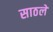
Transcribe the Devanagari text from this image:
साठले